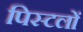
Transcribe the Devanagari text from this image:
पिस्टलों